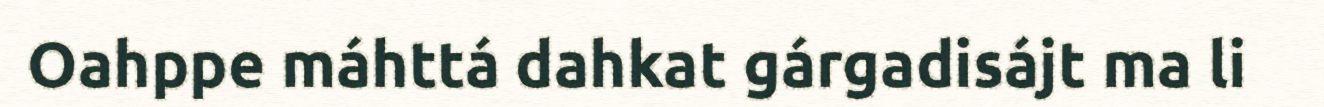
Oahppe máhttá dahkat gárgadisájt ma li